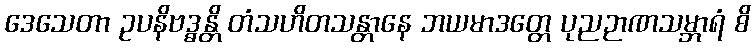
ဒေသေတာ ဥပနိဗဒ္ဓန္တိ တံသဟိတသန္တာနေ ဘယမာဒတ္တေ ပုညဉာဏသမ္ဘာရံ စိ